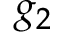
g _ { 2 }